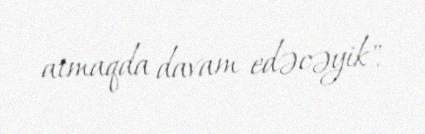
atmaqda davam edəcəyik".